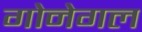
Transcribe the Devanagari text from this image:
गोनेगल